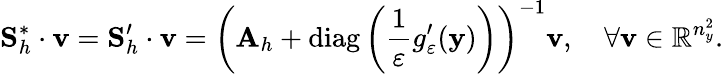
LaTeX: \mathbf{S}_{h}^{*}\cdot\mathbf{v}=\mathbf{S}_{h}^{\prime}\cdot\mathbf{v}=\left(\mathbf{A}_{h}+\mathrm{diag}\left(\frac{1}{\varepsilon}g_{\varepsilon}^{\prime}(\mathbf{y})\right)\right)^{-1}\mathbf{v},\quad\forall\mathbf{v}\in\mathbb{R}^{n_{y}^{2}}.